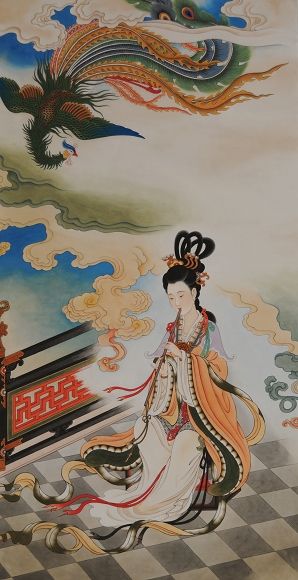
河畔青芜堤上柳，为问新愁，何事年年有？